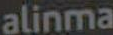
alinma